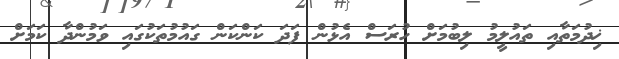
ޚިދުމަތާއި ތައުލީމު ލިބުމަށް ހުރަސް އެޅުން ފަދަ ކަންކަން ގައުމުތަކުގައި ވަމުންދާ ކަމަށް